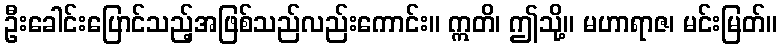
ဦးခေါင်းပြောင်သည့်အဖြစ်သည်လည်းကောင်း။ ဣတိ၊ ဤသို့။ မဟာရာဇ၊ မင်းမြတ်။